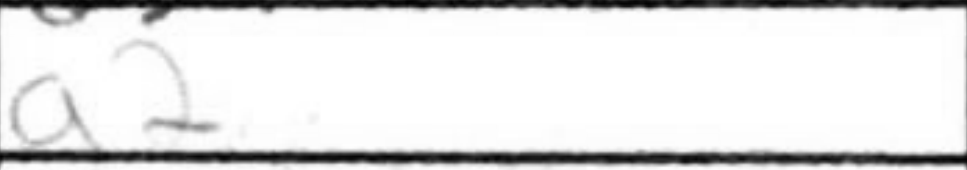
Transcription: a2